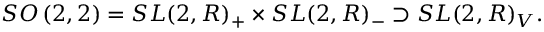
{ S O } \left( 2 , 2 \right) = { S L } ( 2 , R ) _ { + } \times { S L } ( 2 , R ) _ { - } \supset { S L } ( 2 , R ) _ { V } .